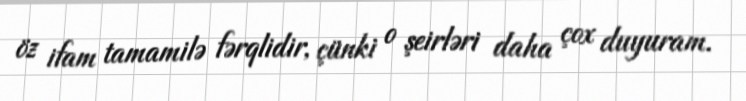
öz ifam tamamilə fərqlidir, çünki o şeirləri daha çox duyuram.